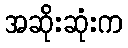
အဆိုးဆုံးက